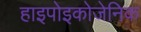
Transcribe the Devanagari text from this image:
हाइपोइकोजेनिक